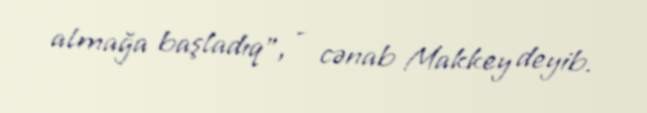
almağa başladıq", - cənab Makkey deyib.